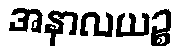
အနာလယဉ္စ